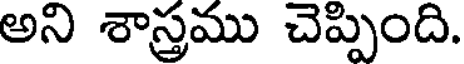
అని శాస్త్రము చెప్పింది.